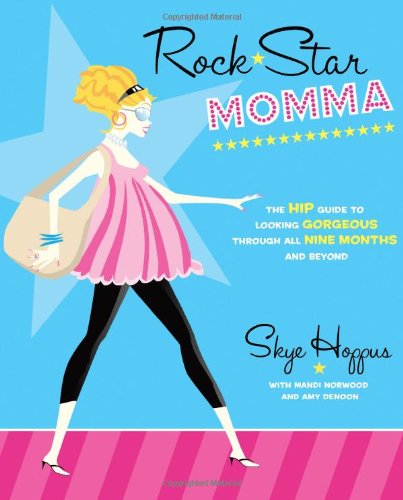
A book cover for Rock Star Momma: The Hip Guide to Looking Gorgeous Through All Nine Months and Beyond; Skye Hoppus; Health, Fitness & Dieting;